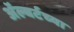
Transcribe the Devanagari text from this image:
ॲल्बर्टच्या